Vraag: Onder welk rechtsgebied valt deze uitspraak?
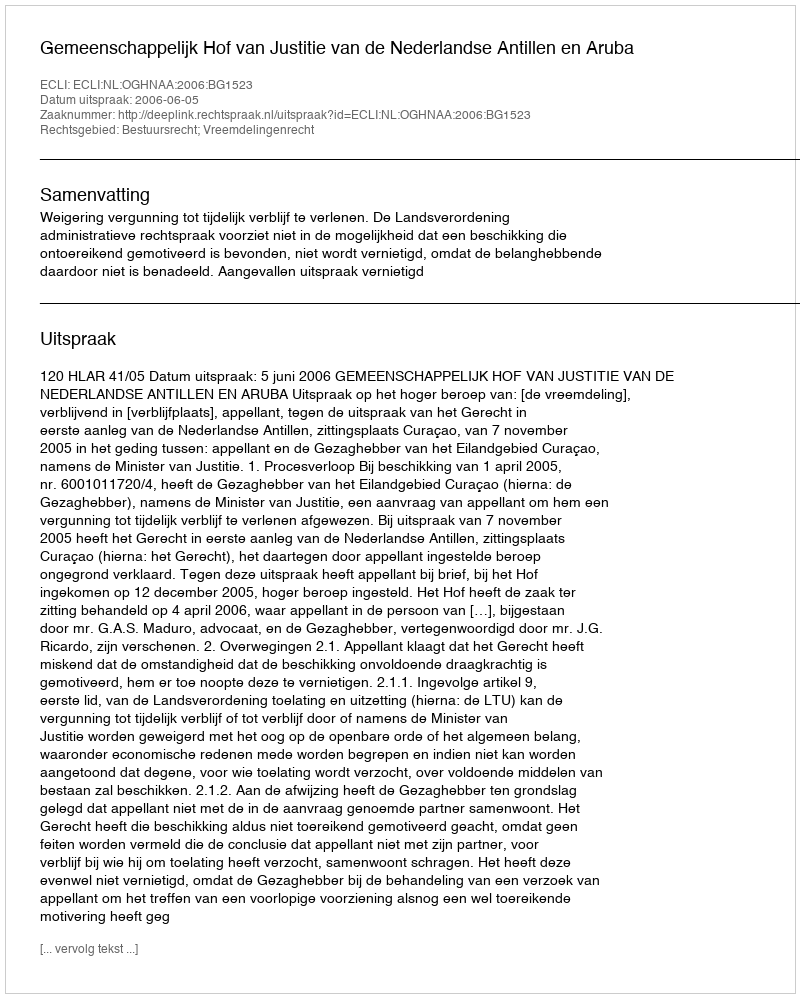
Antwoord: Bestuursrecht; Vreemdelingenrecht